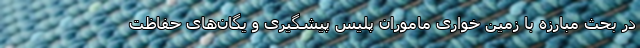
در بحث مبارزه با زمین خواری ماموران پلیس پیشگیری و یگان‌های حفاظت